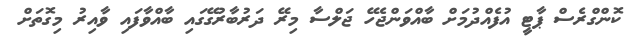
ކޮންގްރެސް ޕާޓީ އުފެއްދުމަށް ބާއްވަންޖެހޭ ޖަލްސާ މިރޭ ދަރުބާރުގޭގައި ބާއްވާފައި ވާއިރު މިގޮތަށް